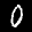
Label: 0